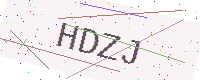
Text: HDZJ